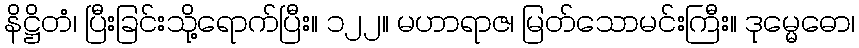
နိဋ္ဌိတံ၊ ပြီးခြင်းသို့ရောက်ပြီး။ ၁၂၂။ မဟာရာဇ၊ မြတ်သောမင်းကြီး။ ဒုမ္မေဓော၊